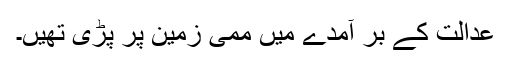
عدالت کے بر آمدے میں ممی زمین پر پڑی تھیں۔